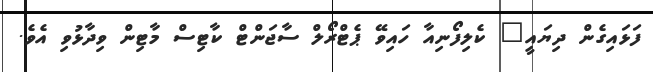
ފަޅައިގެން ދިޔައީ" ކެލިފޯނިއާ ހައިވޭ ޕެޓްރޯލް ސާޖަންޓް ކާޓިސް މާޓިން ވިދާޅުވި އެވެ.